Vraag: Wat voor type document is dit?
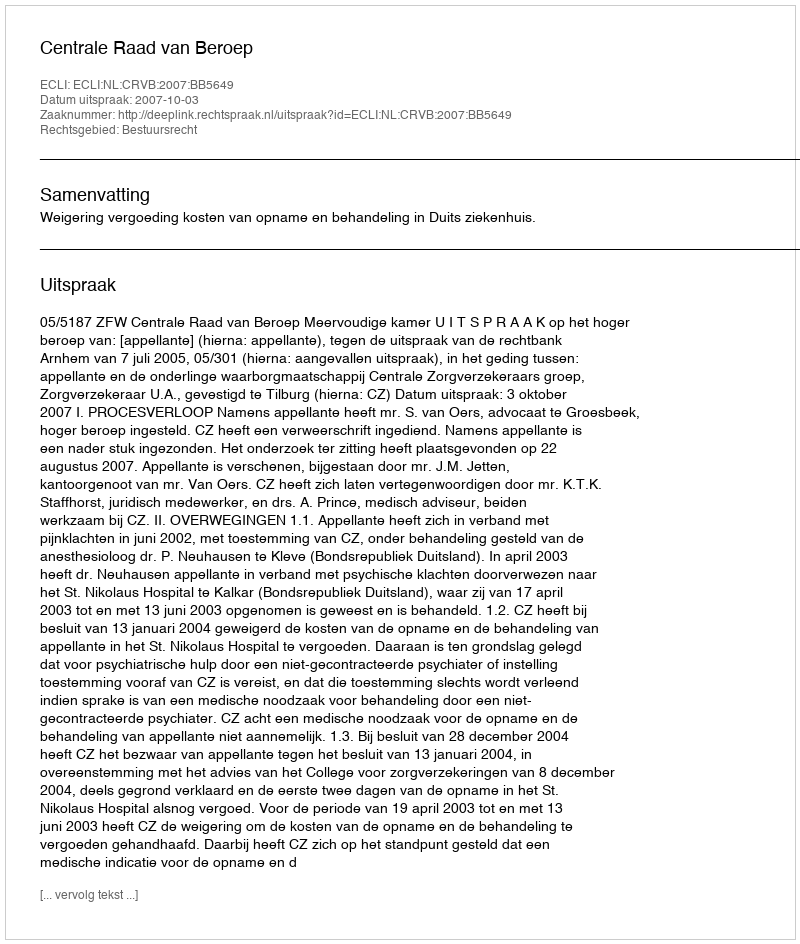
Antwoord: Uitspraak